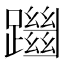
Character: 躖